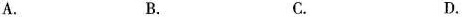
A. B. C. D.